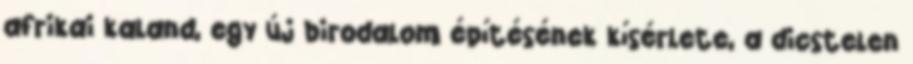
afrikai kaland, egy új birodalom építésének kísérlete, a dicstelen